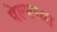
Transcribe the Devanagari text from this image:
पेल्सच्या